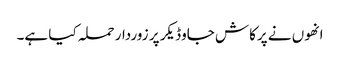
انھوں نے پرکاش جاوڈیکر پر زوردار حملہ کیا ہے۔